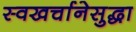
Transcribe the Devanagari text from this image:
स्वखर्चानेसुद्धा